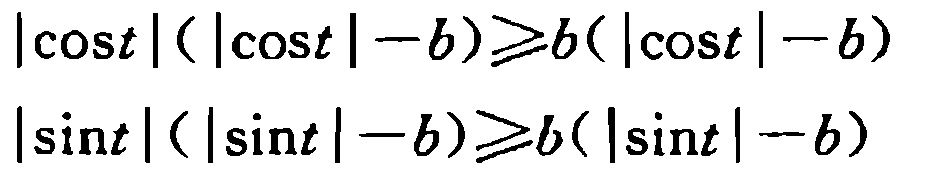
\[
\begin{align*}
|\cos t|(|\cos t|-b)&\geqslant b(|\cos t|-b)\\
|\sin t|(|\sin t|-b)&\geqslant b(|\sin t|-b)
\end{align*}
\]